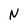
Character: N